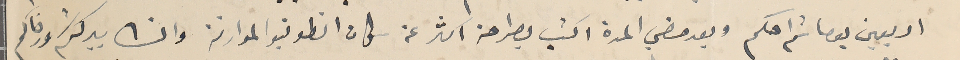
اربعين يوما ثم احكم وبعد مضي المدة اكتب بصراحة اكثر عن سكان انطونيو الموارنة وانشالله ببركتكم ورضاكم